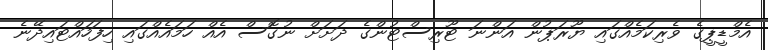
އެމްޑީޕީގެ ވެރިކަމެއްގައި ޔޫރަޕުން އަންނަ ޓޫރިސްޓުންގެ ދަށަށް ނުގޮސް އެއް ހަމައެއްގައި ހިފަހައްޓައިދޭނެ